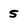
Character: 5